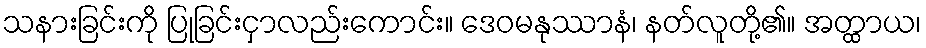
သနားခြင်းကို ပြုခြင်းငှာလည်းကောင်း။ ဒေဝမနုဿာနံ၊ နတ်လူတို့၏။ အတ္ထာယ၊